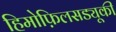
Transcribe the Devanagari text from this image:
हिमोफ़िलसड्यूकी